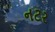
નટર